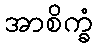
အာစိက္ခံ